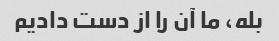
بله، ما آن را از دست دادیم